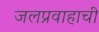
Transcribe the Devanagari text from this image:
जलप्रवाहाची